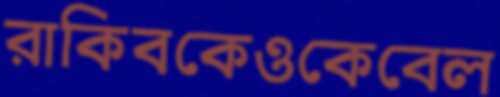
রাকিবকেওকেবেল